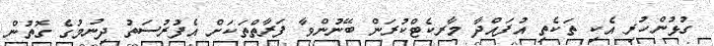
ގުޅުންހުރި އެކި ތަކެތި އުފައްދާ މާރކެޓްކުރަން ބޭނުންވާ ފަރާތްތަކަށް އެފުރުސަތު ދިނުމުގެ ގޮތުން